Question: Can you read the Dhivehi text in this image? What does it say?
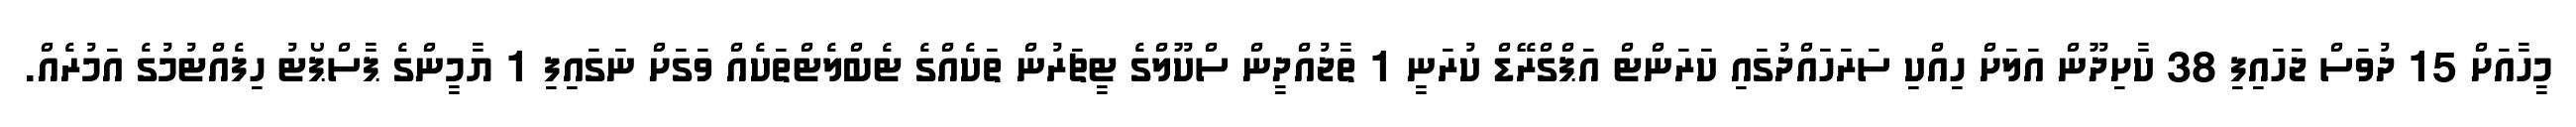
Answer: މީހާއަށް 15 ދުވަސް ޖަހައިފި 38 ކާށިދޫން އަލަށް ހިއްކި ސަރަހައްދުގައި ކަރަންޓް އަޕްގްރޭޑް ކުރަނީ 1 ތާޖުއްދީން ސްކޫލްގެ ޓީޗަރުން ތަކެއްގެ ޓެބްލެޓްތަކެއް ވަގަށް ނަގައިފި 1 ޔާމީންގެ ޕާސްޕޯޓު ހިފެއްޓުމުގެ އަމުރެއް.